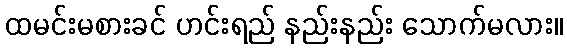
ထမင်းမစားခင် ဟင်းရည် နည်းနည်း သောက်မလား။